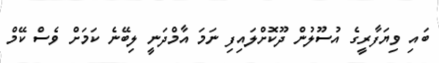
ބައި ވިޔަފާރީގެ އުސޫލުން ދޫކޮށްލައިފި ނަމަ އާމްދަނީ ލިބޭނެ ކަމަށް ވެސް ކޭމް